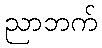
ညာဘက်